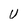
Character: U